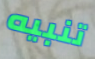
تنبيه